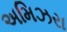
અમિઝરા